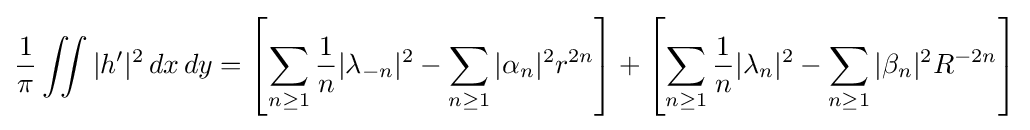
{\frac {1}{\pi }}\iint |h'|^{2}\,dx\,dy=\left[\sum _{n\geq 1}{\frac {1}{n}}|\lambda _{-n}|^{2}-\sum _{n\geq 1}|\alpha _{n}|^{2}r^{2n}\right]+\left[\sum _{n\geq 1}{1 \over n}|\lambda _{n}|^{2}-\sum _{n\geq 1}|\beta _{n}|^{2}R^{-2n}\right]